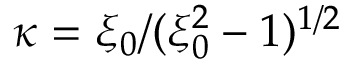
\kappa = \xi _ { 0 } / ( \xi _ { 0 } ^ { 2 } - 1 ) ^ { 1 / 2 }